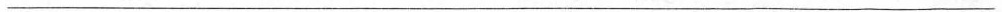
___